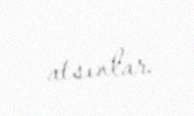
atsınlar.